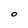
Character: 0